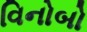
વિનોબો